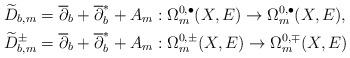
LaTeX: \begin{align*} &\widetilde D_{b,m}=\overline\partial_b+\overline{\partial}^*_b+A_m:\Omega^{0,\bullet}_m(X,E)\rightarrow\Omega^{0,\bullet}_m(X,E), \\&\widetilde D^{\pm}_{b,m}=\overline\partial_b+\overline{\partial}^*_b+A_m:\Omega^{0,\pm}_m(X,E)\rightarrow\Omega^{0,\mp}_m(X,E)\end{align*}